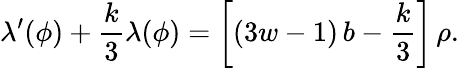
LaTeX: \lambda^{\prime}(\phi)+{\frac{k}{3}}\lambda(\phi)=\left[(3w-1)\, b-{\frac{k}{3}}\right]\, \rho.